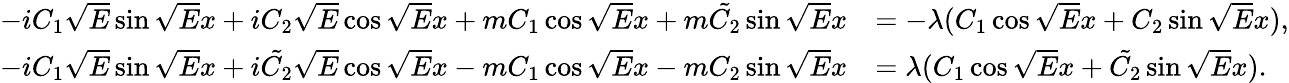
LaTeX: \begin{array}{rl}{-iC_{1}\sqrt{E}\sin\sqrt{E}x+iC_{2}\sqrt{E}\cos\sqrt{E}x+mC_{1}\cos\sqrt{E}x+m\tilde{C_{2}}\sin\sqrt{E}x}&{=-\lambda(C_{1}\cos\sqrt{E}x+C_{2}\sin\sqrt{E}x),}\\ {-iC_{1}\sqrt{E}\sin\sqrt{E}x+i\tilde{C_{2}}\sqrt{E}\cos\sqrt{E}x-mC_{1}\cos\sqrt{E}x-mC_{2}\sin\sqrt{E}x}&{=\lambda(C_{1}\cos\sqrt{E}x+\tilde{C_{2}}\sin\sqrt{E}x).}\end{array}